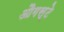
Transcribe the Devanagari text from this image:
औगस्टे